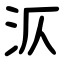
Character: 㳁